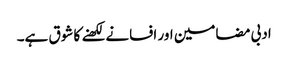
ادبی مضامین اور افسانے لکھنے کا شوق ہے۔